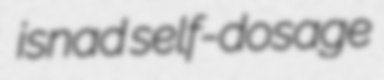
isnad self-dosage